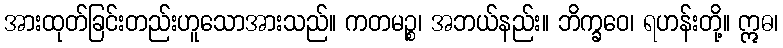
အားထုတ်ခြင်းတည်းဟူသောအားသည်။ ကတမဉ္စ၊ အဘယ်နည်း။ ဘိက္ခဝေ၊ ရဟန်းတို့။ ဣဓ၊